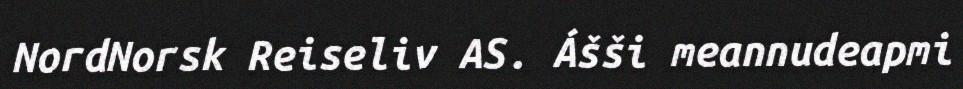
NordNorsk Reiseliv AS. Ášši meannudeapmi